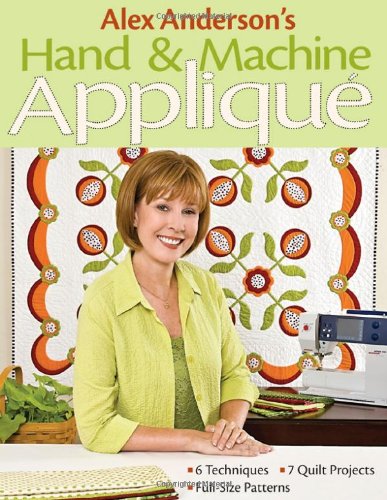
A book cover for Alex Anderson's Hand & Machine Applique: 6 Techniques, 7 Quilts, Full-Size Patterns; Alex Anderson; Crafts, Hobbies & Home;